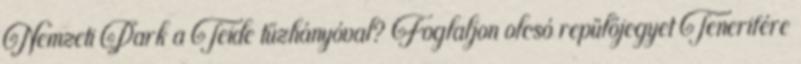
Nemzeti Park a Teide tűzhányóval? Foglaljon olcsó repülőjegyet Tenerifére